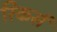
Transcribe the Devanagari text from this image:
रिकर्स